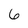
Character: 6